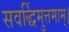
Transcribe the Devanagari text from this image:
सवर्द्धिमुत्तमाम्‌।